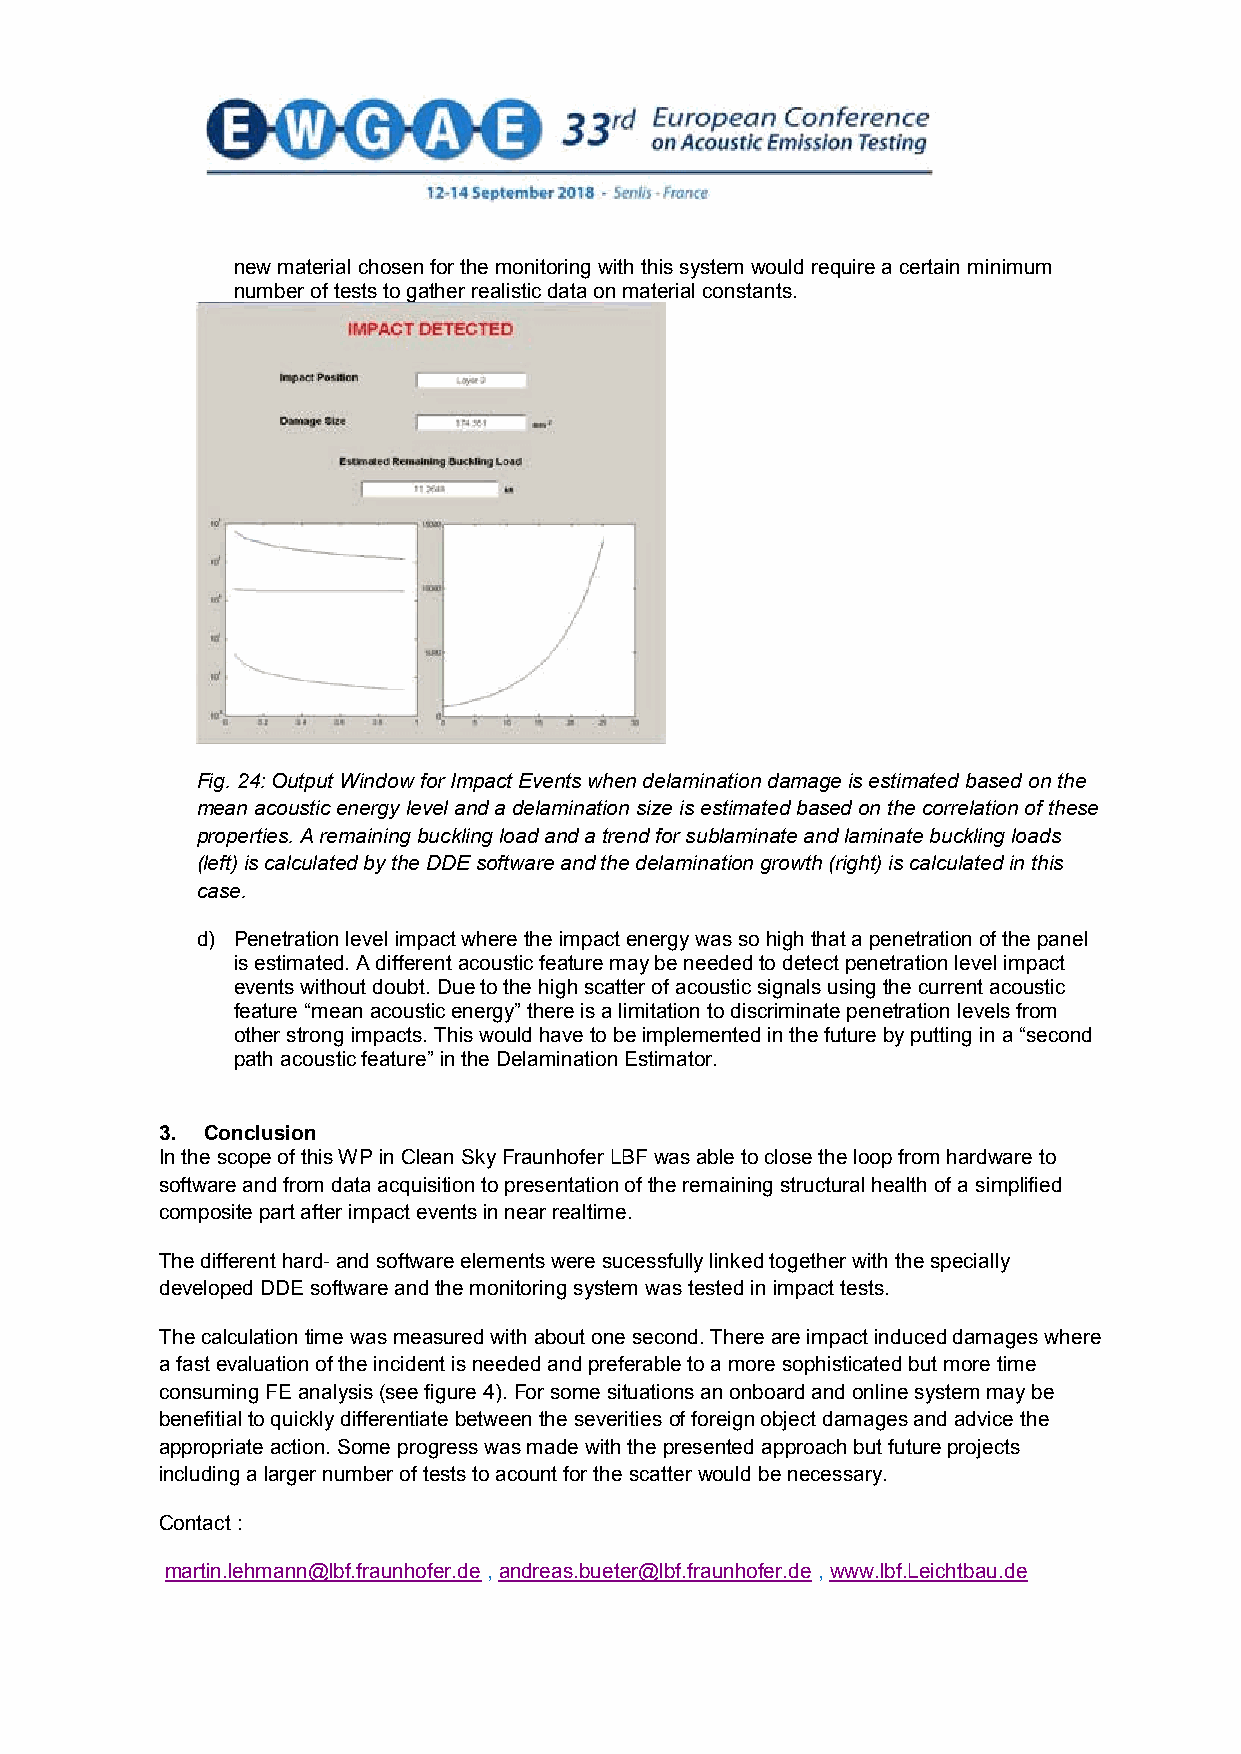
new material chosen for the monitoring with this system would require a certain minimum
 number of tests to gather realistic data on material constants.
 Fig. 24: Output Window for Impact Events when delamination damage is estimated based on the
 mean acoustic energy level and a delamination size is estimated based on the correlation of these
 properties. A remaining buckling load and a trend for sublaminate and laminate buckling loads
 (left) is calculated by the DDE software and the delamination growth (right) is calculated in this
 case.
 d) Penetration level impact where the impact energy was so high that a penetration of the panel
 is estimated. A different acoustic feature may be needed to detect penetration level impact
 events without doubt. Due to the high scatter of acoustic signals using the current acoustic
 feature “mean acoustic energy” there is a limitation to discriminate penetration levels from
 other strong impacts. This would have to be implemented in the future by putting in a “second
 path acoustic feature” in the Delamination Estimator.
 3. Conclusion
 In the scope of this WP in Clean Sky Fraunhofer LBF was able to close the loop from hardware to
 software and from data acquisition to presentation of the remaining structural health of a simplified
 composite part after impact events in near realtime.
 The different hard- and software elements were sucessfully linked together with the specially
 developed DDE software and the monitoring system was tested in impact tests.
 The calculation time was measured with about one second. There are impact induced damages where
 a fast evaluation of the incident is needed and preferable to a more sophisticated but more time
 consuming FE analysis (see figure 4). For some situations an onboard and online system may be
 benefitial to quickly differentiate between the severities of foreign object damages and advice the
 appropriate action. Some progress was made with the presented approach but future projects
 including a larger number of tests to acount for the scatter would be necessary.
 Contact :
 martin.lehmann@lbf.fraunhofer.de , andreas.bueter@lbf.fraunhofer.de , www.lbf.Leichtbau.de
 19